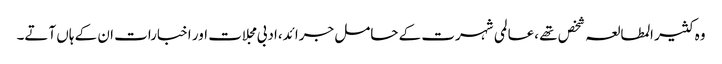
وہ کثیر المطالعہ شخص تھے ،عالمی شہرت کے حامل جرائد،ادبی مجلات اور اخبارات ان کے ہاں آتے۔